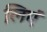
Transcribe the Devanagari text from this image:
लिएं